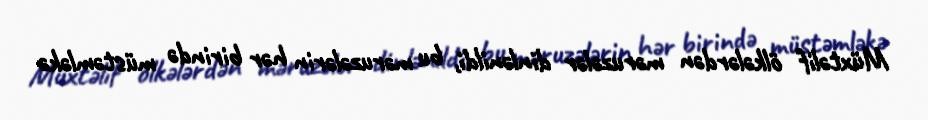
Müxtəlif ölkələrdən məruzələr dinlənildi, bu məruzələrin hər birində müstəmləkə